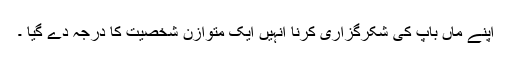
اپنے ماں باپ کی شکرگزاری کرنا انہیں ایک متوازن شخصیت کا درجہ دے گیا ۔